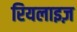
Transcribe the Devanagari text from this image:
रियलाइज़